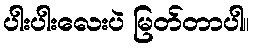
ပါးပါးလေးပဲ မြတ်တာပါ။